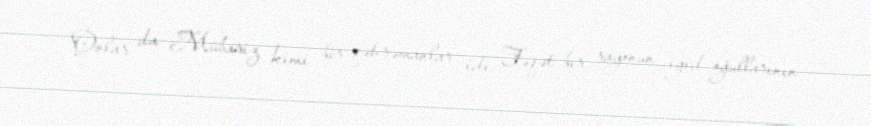
Onlar da Mübariz kimi bir qəhrəmanlar idi. Fəqət bir rayonun igid oğullarının